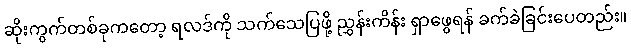
ဆိုးကွက်တစ်ခုကတော့ ရလဒ်ကို သက်သေပြဖို့ ညွှန်းကိန်း ရှာဖွေရန် ခက်ခဲခြင်းပေတည်း။